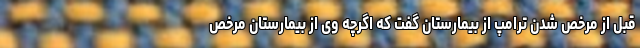
قبل از مرخص شدن ترامپ از بیمارستان گفت که اگرچه وی از بیمارستان مرخص